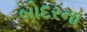
બોદરના